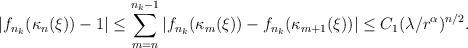
LaTeX: \begin{align*}|f_{n_k}(\kappa_n(\xi))-1| &\leq \sum_{m=n}^{n_k-1}|f_{n_k}(\kappa_m(\xi))-f_{n_k}(\kappa_{m+1}(\xi))| \leq C_1(\lambda/r^\alpha)^{n/2}.\end{align*}